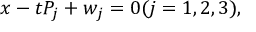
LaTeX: x - t P _ { j } + w _ { j } = 0 ( j = 1 , 2 , 3 ) ,